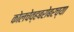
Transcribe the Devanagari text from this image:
कोलचेव्हबरोबरच्या